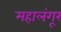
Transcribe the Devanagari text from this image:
महालंगूर